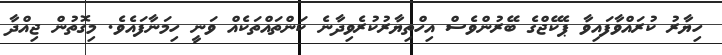
ހިޔާރު ކުރައްވާފައިވާ ޕެކޭޖްގެ ބޭރުންވެސް އިހްތިޔާރުކުރެވިދާނެ ކަންތައްތަކެއް ވަނީ ހިމަަނާފައެވެ. މިގޮތުން ޖިއްދާ